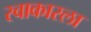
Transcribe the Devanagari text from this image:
स्वाकारला